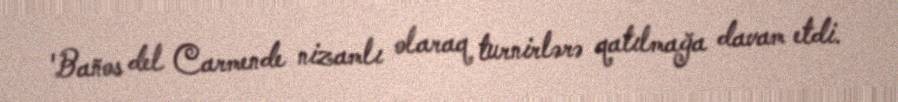
'Baños del Carmende nizamlı olaraq turnirlərə qatılmağa davam etdi.